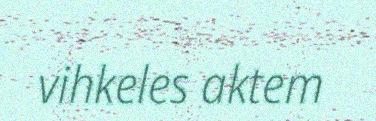
vihkeles aktem